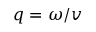
q = \omega / v